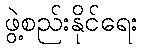
ဖွဲ့စည်းနိုင်ရေး